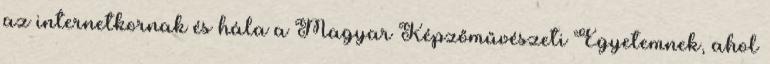
az internetkornak és hála a Magyar Képzőművészeti Egyetemnek, ahol